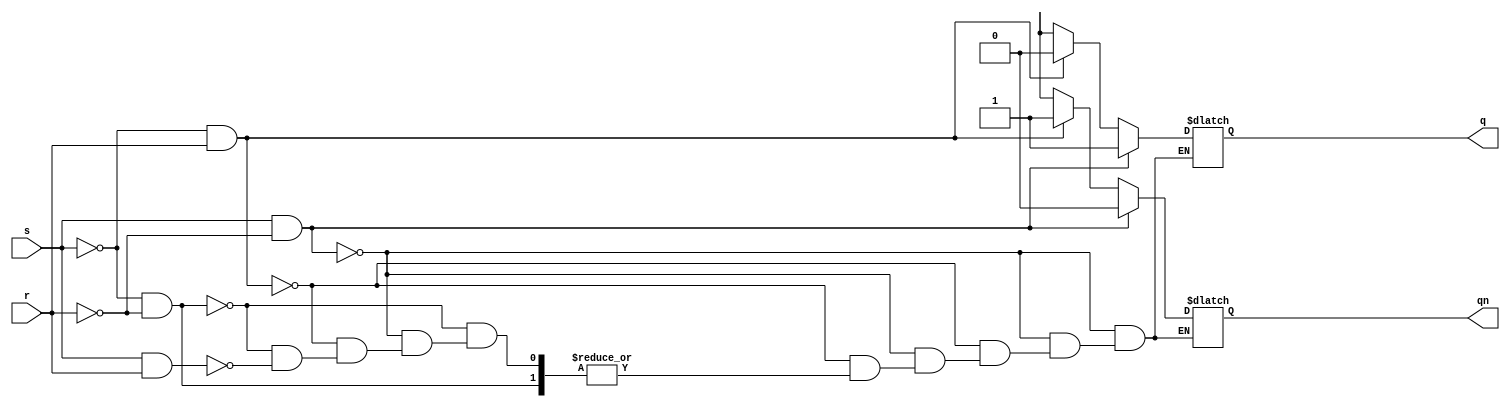
//design
module S_R_latch(input s,r,output reg q,qn);
  always@(s,r)
    begin
    	if(s&&~r)
          begin
      		q=1;//set
            qn=0;
          end
      else if(~s&&r)
        begin
          q=0;//reset
          qn=1;
        end
      else if(~s&&~r)
        begin
          q=q;//previous state
          qn=qn;
        end
      else if(s&&r)
        begin
          q=2'bxx;//invalid state 
          qn=2'bxx;
        end
    end
endmodule